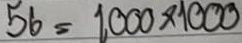
56 = 1000 x 1000